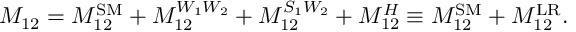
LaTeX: M _ { 1 2 } = M _ { 1 2 } ^ { \mathrm { S M } } + M _ { 1 2 } ^ { W _ { 1 } W _ { 2 } } + M _ { 1 2 } ^ { S _ { 1 } W _ { 2 } } + M _ { 1 2 } ^ { H } \equiv M _ { 1 2 } ^ { \mathrm { S M } } + M _ { 1 2 } ^ { \mathrm { L R } } . \nonumber